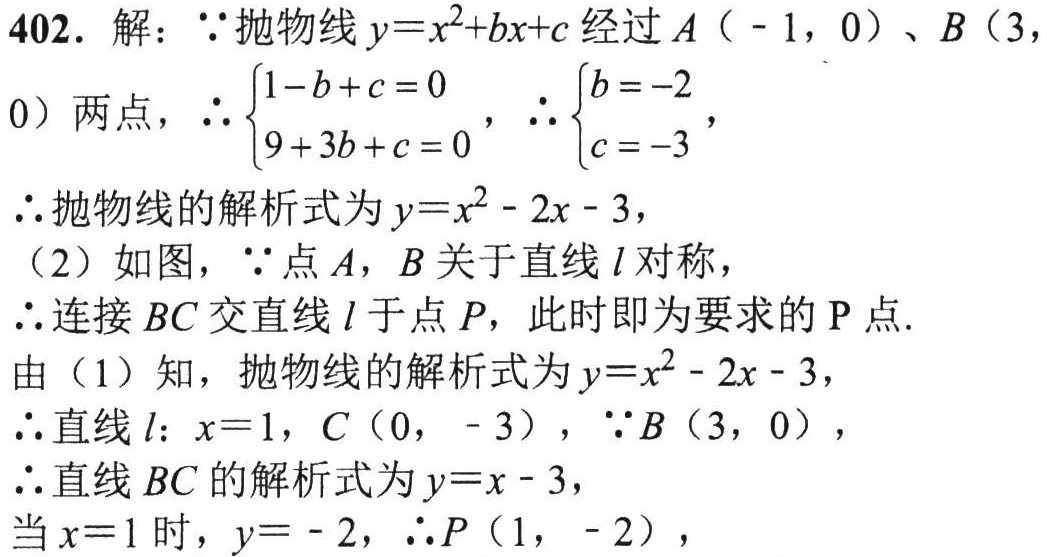
402. 解：\(\because\)抛物线\(y = x^{2}+bx + c\)经过\(A(-1,0)\)、\(B(3,0)\)两点，\(\therefore\begin{cases}1 - b + c = 0\\9 + 3b + c = 0\end{cases}\)，\(\therefore\begin{cases}b = -2\\c = -3\end{cases}\)，
\(\therefore\)抛物线的解析式为\(y = x^{2}-2x - 3\)，
（2）如图，\(\because\)点\(A\)，\(B\)关于直线\(l\)对称，
\(\therefore\)连接\(BC\)交直线\(l\)于点\(P\)，此时即为要求的\(P\)点.
由（1）知，抛物线的解析式为\(y = x^{2}-2x - 3\)，
\(\therefore\)直线\(l\)：\(x = 1\)，\(C(0,-3)\)，\(\because B(3,0)\)，
\(\therefore\)直线\(BC\)的解析式为\(y = x - 3\)，
当\(x = 1\)时，\(y = -2\)，\(\therefore P(1,-2)\)，